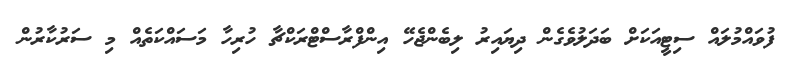
ފުވައްމުލައް ސިޓީއަކަށް ބަދަލުވެގެން ދިޔައިރު ލިބެންޖެހޭ އިންފްރާސްޓްރަކްޗާ ހުރިހާ މަސައްކަތެއް މި ސަރުކާރުން